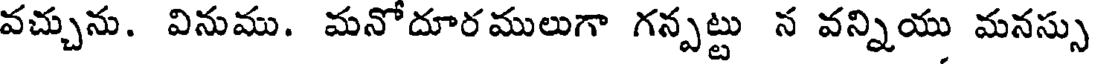
వచ్చును. వినుము. మనోదూరములుగా గన్పట్టు న వన్నియు మనస్సు